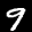
Label: 9